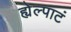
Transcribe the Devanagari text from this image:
ह्येल्पाटं